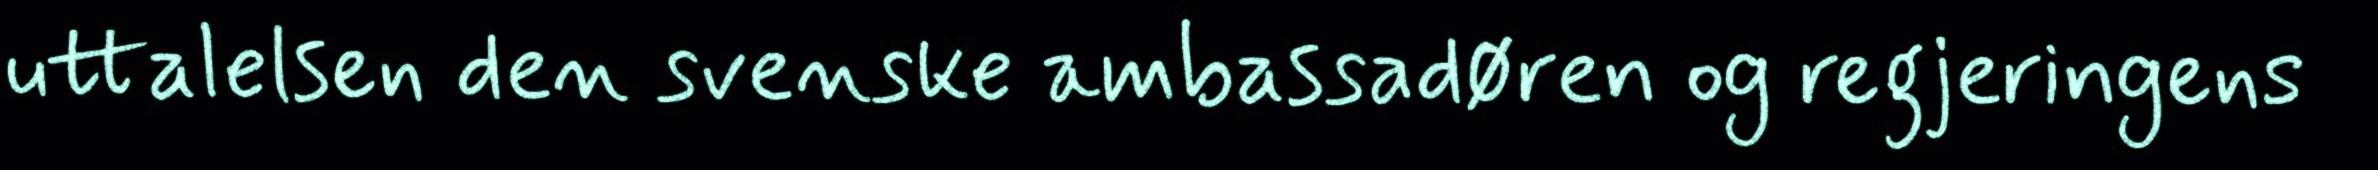
uttalelsen den svenske ambassadøren og regjeringens